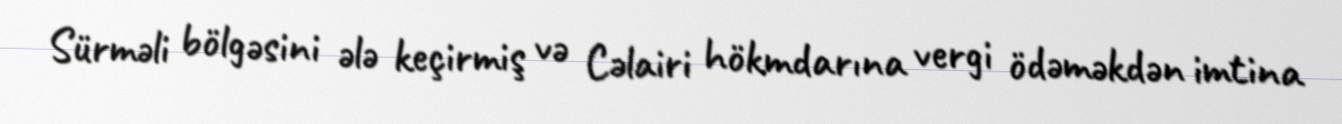
Sürməli bölgəsini ələ keçirmiş və Cəlairi hökmdarına vergi ödəməkdən imtina